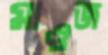
মাওজ